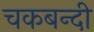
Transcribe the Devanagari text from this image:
चकबन्दी